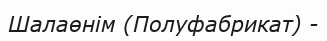
Шалаөнім (Полуфабрикат) -